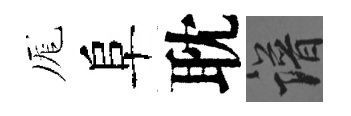
厖阜耽譜